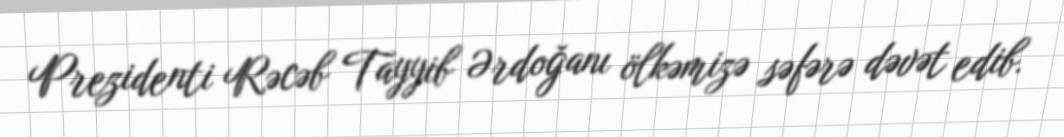
Prezidenti Rəcəb Tayyib Ərdoğanı ölkəmizə səfərə dəvət edib.